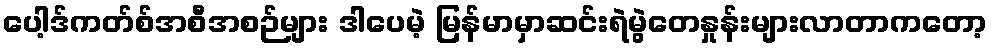
ပေါ့ဒ်ကတ်စ်အစီအစဉ်များ ဒါပေမဲ့ မြန်မာမှာဆင်းရဲမွဲတေနှုန်းများလာတာကတော့